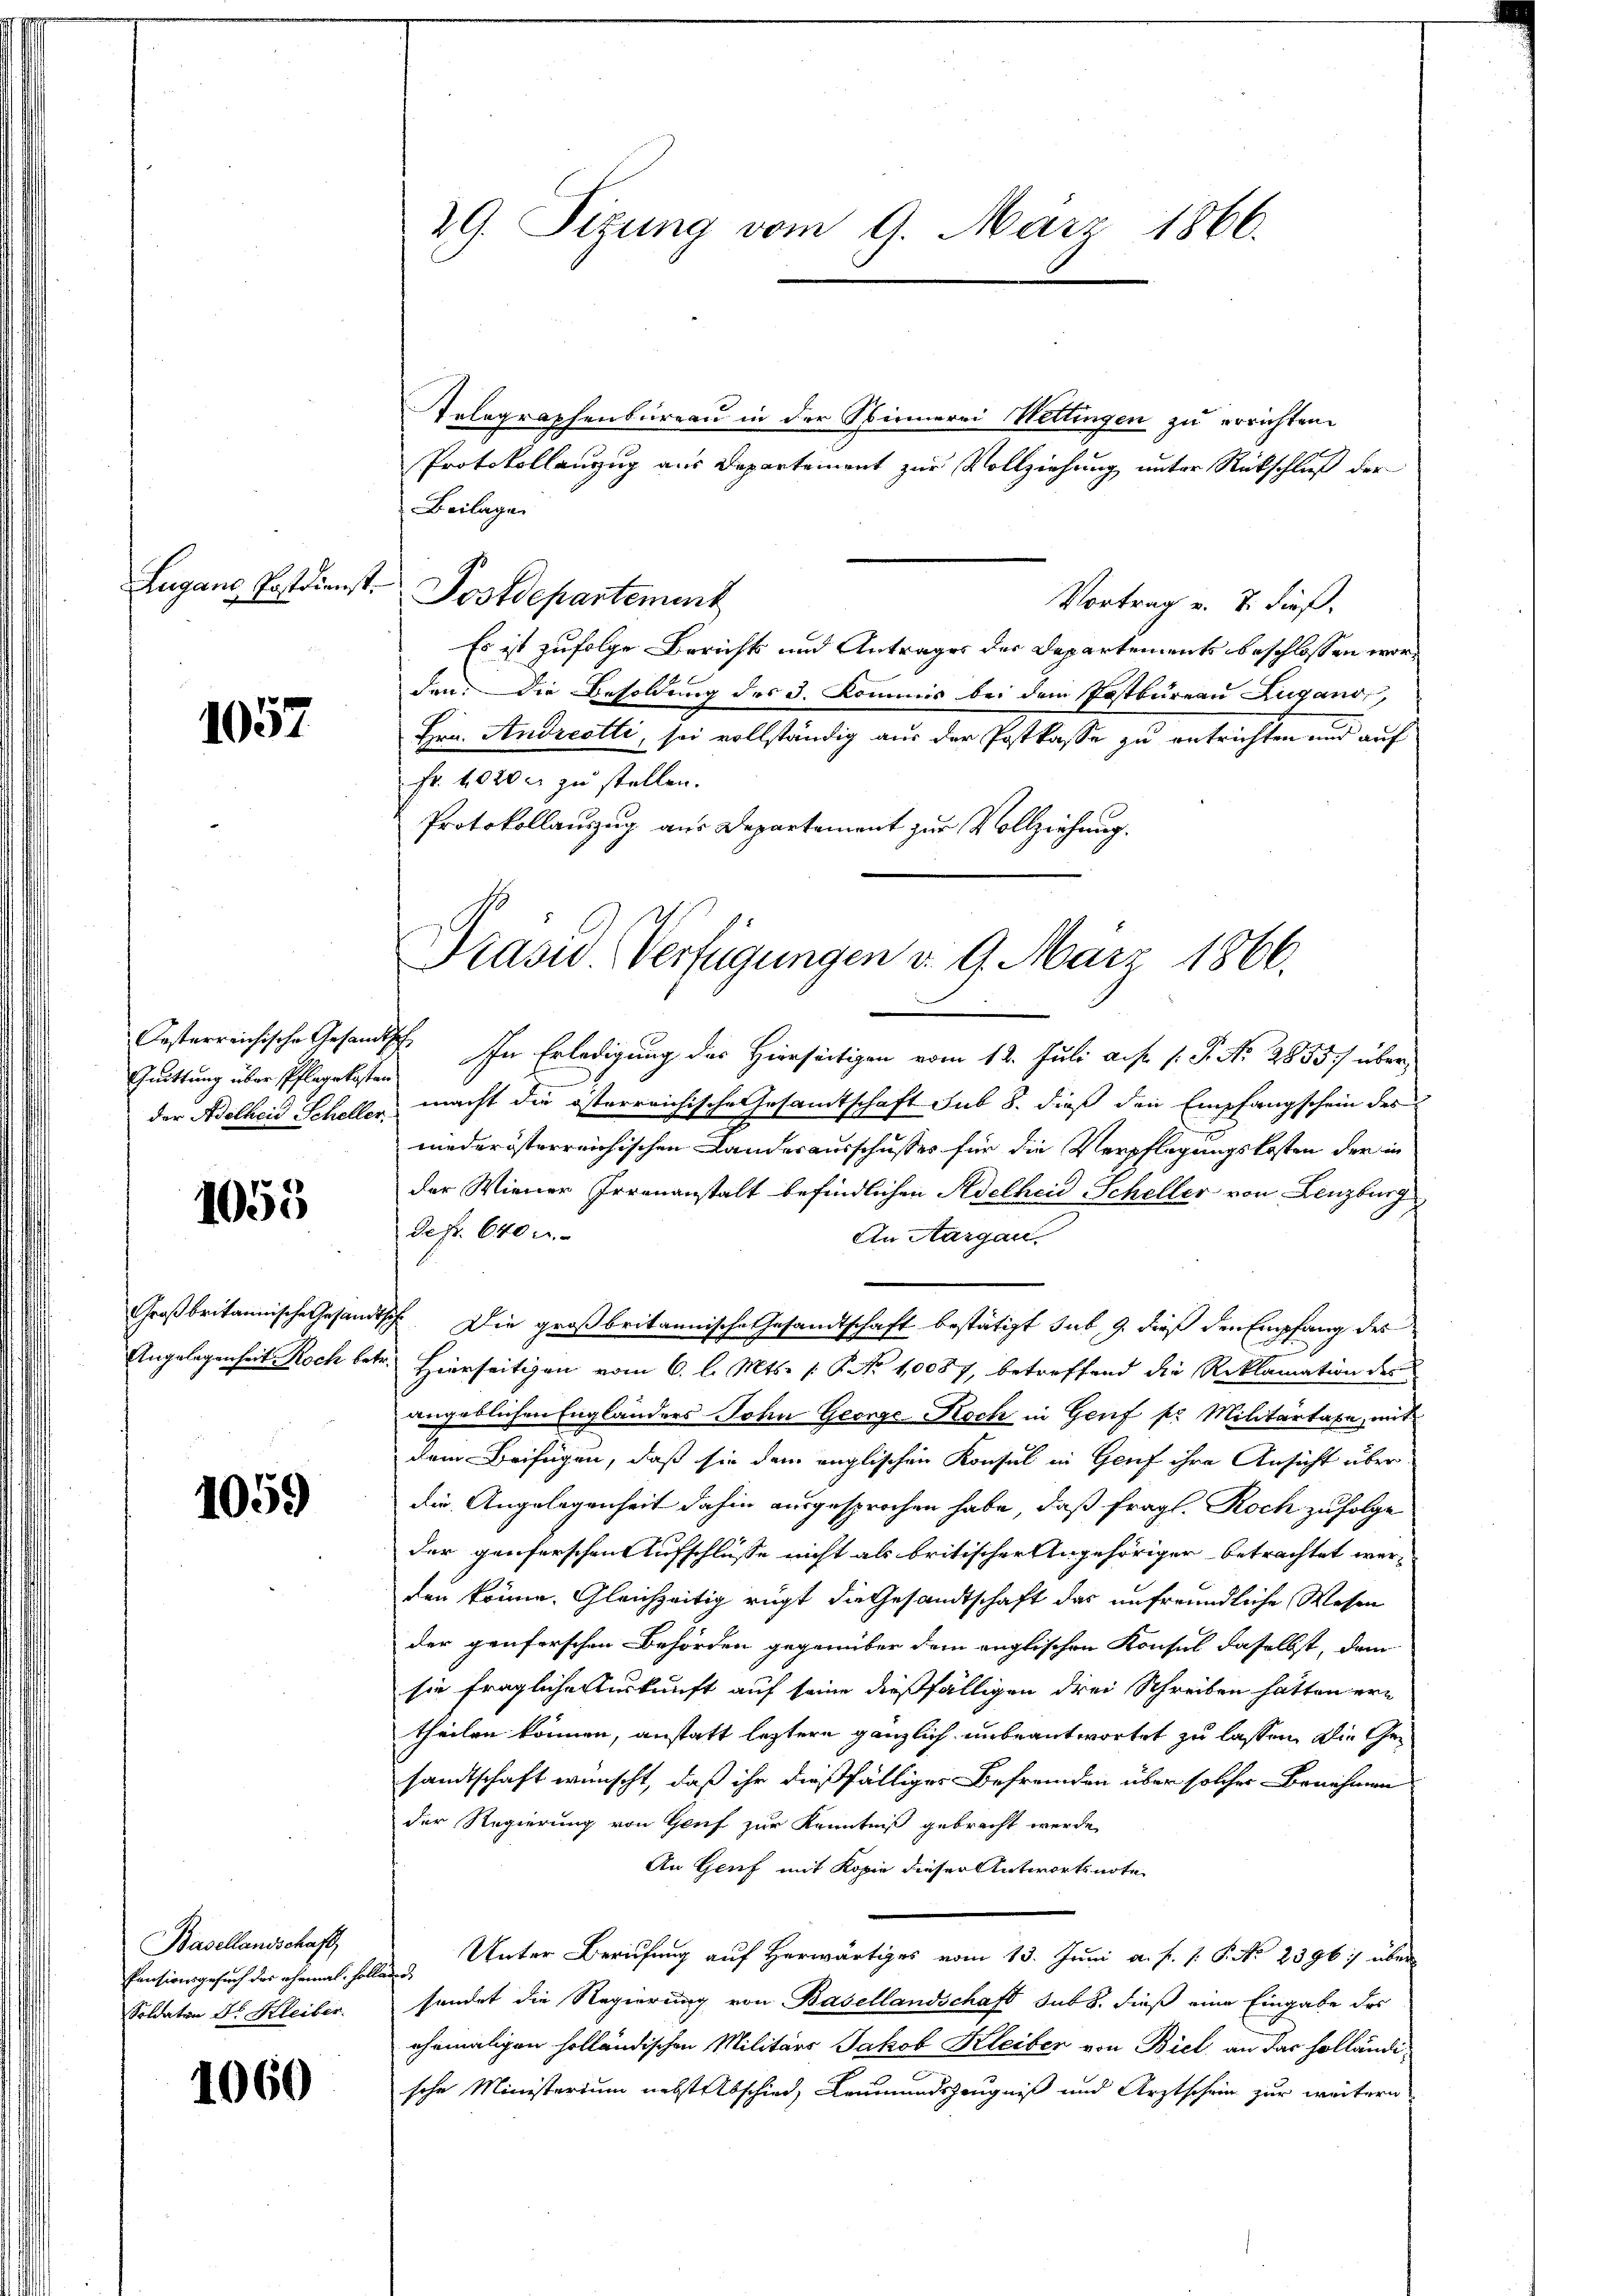
1057

Quittung über Pflegekosten

1053

1059

Basellandschaft
Pensionsgesuch des ehemal sollend
Soldaten Dr. Kleiber.

1060

29. Sizung vom 9. März 1866.

Lugane Postdienst. Postdepartement

Telegraphenbureau in der Sinnerei Wettingen zu errichten.
Protokollenzug aus Departement zur Vollziehung unter Rückschluß der
Beilage
Vortrag v. 7. dieß,
Es ist zufolge Berichts und Antrages der Departements beschlossen worden. Die Besoldung des 3. Kommis bei dem Postbureau Zugano,
Hrn. Andreetti, sei vollständig aus der Postkasse zu entrichten und auf
Fr. 40000 zu stellen.
Protokollauszug aus Departement zur Vollziehung.
Oesterreichische Gesandtsch. In Erledigung des Hierseitigen vom 12. Juli auf s. S. Nr. 2855. überder Adolhcis Scheller macht die österreichische Gesamtschaft sub 8. dieß den Empfangschein des
niederösterreichischen Landesausschusses für die Verpflegungskosten der in
der Wiener Irrenanstalt befindlichen Adelheid Scheller von Lenzburg
defr. 640 u.
An Aargau.
Großbritannische Gesandtsch. Die großbritannische Gesandtschaft bestätigt sub. 9. dieß den Empfang der
Angelegenheit Koch betr. Hierseitigen vom 6. l. Mts. (: P. Nr. 10087, betreffend die Reklamation des
angeblichen Engländers John George Koch in Genf fr. Militärtaxe, mit
dem Beifügen, daß sie dem englischen Konsul in Genf ihre Ansicht über
die Angelegenheit dahin ausgesprochen habe, daß fragl. Roch zufolge
der genferschen Aufschlüsse nicht als britischer Angehöriger betrachtet werden könne. Gleichzeitig rügt die Gesandtschaft das unfreundliche Wesen
der genforschen Behörden gegenüber dem englischen Konsul daselbst, dem
sie fragliche Auskunft auf seine dießfälligen drei Schreiben hatten ertheilen können, anstatt leztere gänzlich unbeantwortet zu lassen. Die Gesandtschaft wünscht, daß ihr dießfälliger Befremden über solcher Benehmen
der Regierung von Genf zur Kenntniß gebracht werde
An Genf mit Kopie dieser Antwortsnote
Unter Berufung auf Herwärtiges vom 13. Juni a. f. 1. P. No 2396:/ über
sendet die Regierung von Basellandschaft sub 8. dieß eine Eingabe des
ehemaligen holländischen Militärs Jakob Kleiber von Biel an das holländische Ministerium nebst Abschied, Leumundszeugniß und Arztschein zur weitern

Präsid.. Verfügungen d. 9. März 1866.
.